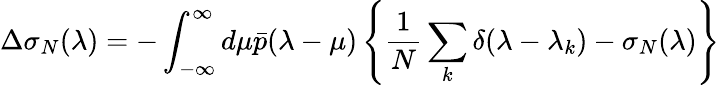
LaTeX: \Delta\sigma_{N}(\lambda)=-\int_{-\infty}^{\infty}d\mu\bar{p}(\lambda-\mu)\left\{ \frac{1}{N}\sum_{k}\delta(\lambda-\lambda_{k})-\sigma_{N}(\lambda)\right\}